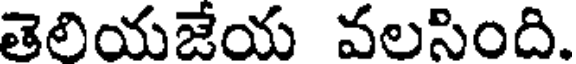
తెలియజేయ వలసింది.